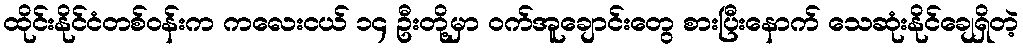
ထိုင်းနိုင်ငံတစ်ဝန်းက ကလေးငယ် ၁၄ ဦးတို့မှာ ဝက်အူချောင်းတွေ စားပြီးနောက် သေဆုံးနိုင်ချေရှိတဲ့